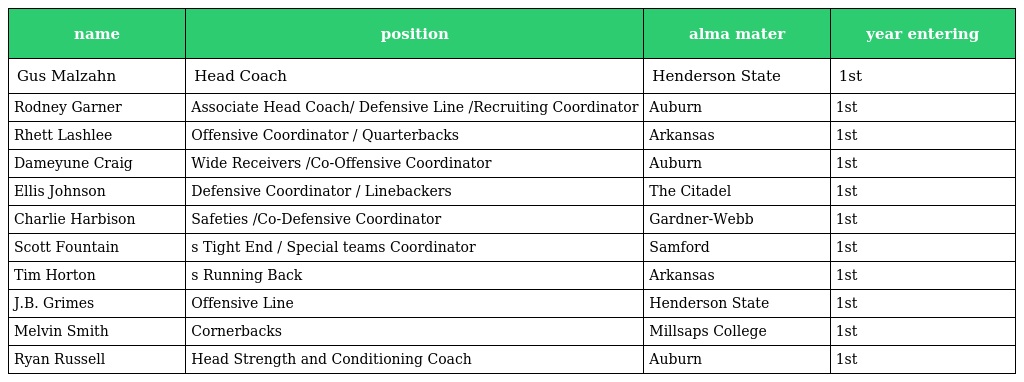
| name | position | alma mater | year entering |
 | --- | --- | --- | --- |
 | Gus Malzahn | Head Coach | Henderson State | 1st |
 | Rodney Garner | Associate Head Coach/ Defensive Line /Recruiting Coordinator | Auburn | 1st |
 | Rhett Lashlee | Offensive Coordinator / Quarterbacks | Arkansas | 1st |
 | Dameyune Craig | Wide Receivers /Co-Offensive Coordinator | Auburn | 1st |
 | Ellis Johnson | Defensive Coordinator / Linebackers | The Citadel | 1st |
 | Charlie Harbison | Safeties /Co-Defensive Coordinator | Gardner-Webb | 1st |
 | Scott Fountain | s Tight End / Special teams Coordinator | Samford | 1st |
 | Tim Horton | s Running Back | Arkansas | 1st |
 | J.B. Grimes | Offensive Line | Henderson State | 1st |
 | Melvin Smith | Cornerbacks | Millsaps College | 1st |
 | Ryan Russell | Head Strength and Conditioning Coach | Auburn | 1st |